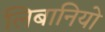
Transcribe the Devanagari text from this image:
लिबानियो